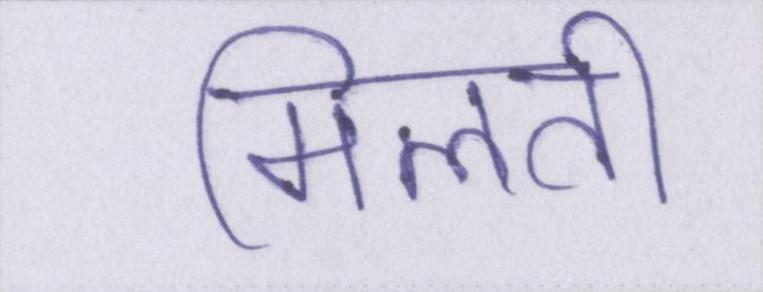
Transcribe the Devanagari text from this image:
मिलती